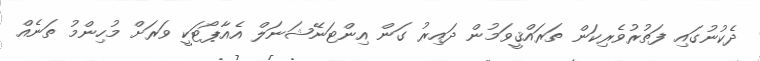
ދެކުނުގައި ފަތުރުވެރިކަން ތަރައްޤީވަމުން ދައިރު ގަން އިންޓަނޭޝަނަލް އެއާޕޯޓަކީ ވަރަށް މުހިންމު ތަނެއް